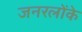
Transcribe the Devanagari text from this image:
जनरलोंके